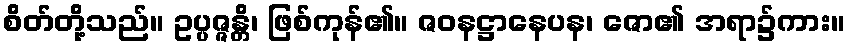
စိတ်တို့သည်။ ဥပ္ပဇ္ဇန္တိ၊ ဖြစ်ကုန်၏။ ဇဝနဋ္ဌာနေပန၊ ဇော၏ အရာ၌ကား။